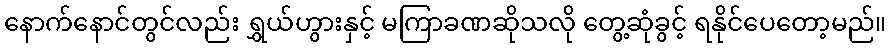
နောက်နောင်တွင်လည်း ရွှယ်ဟွားနှင့် မကြာခဏဆိုသလို တွေ့ဆုံခွင့် ရနိုင်ပေတော့မည်။